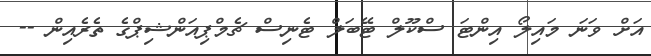
އަށް ވަނަ މައިލޯ އިންޓަ ސްކޫލް ޓޭބަލް ޓެނިސް ޗެމްޕިއަންޝިޕްގެ ތެރެއިން --